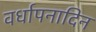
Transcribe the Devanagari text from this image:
वर्धापनादिन